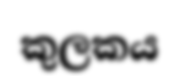
කුලකය